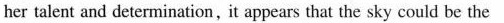
her talent and determination,it appears that the sky could be the